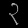
Digit: ၃